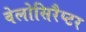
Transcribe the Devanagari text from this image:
वेलोसिरैप्टर